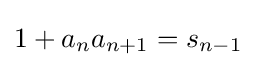
1+a_{n}a_{n+1}=s_{n-1}